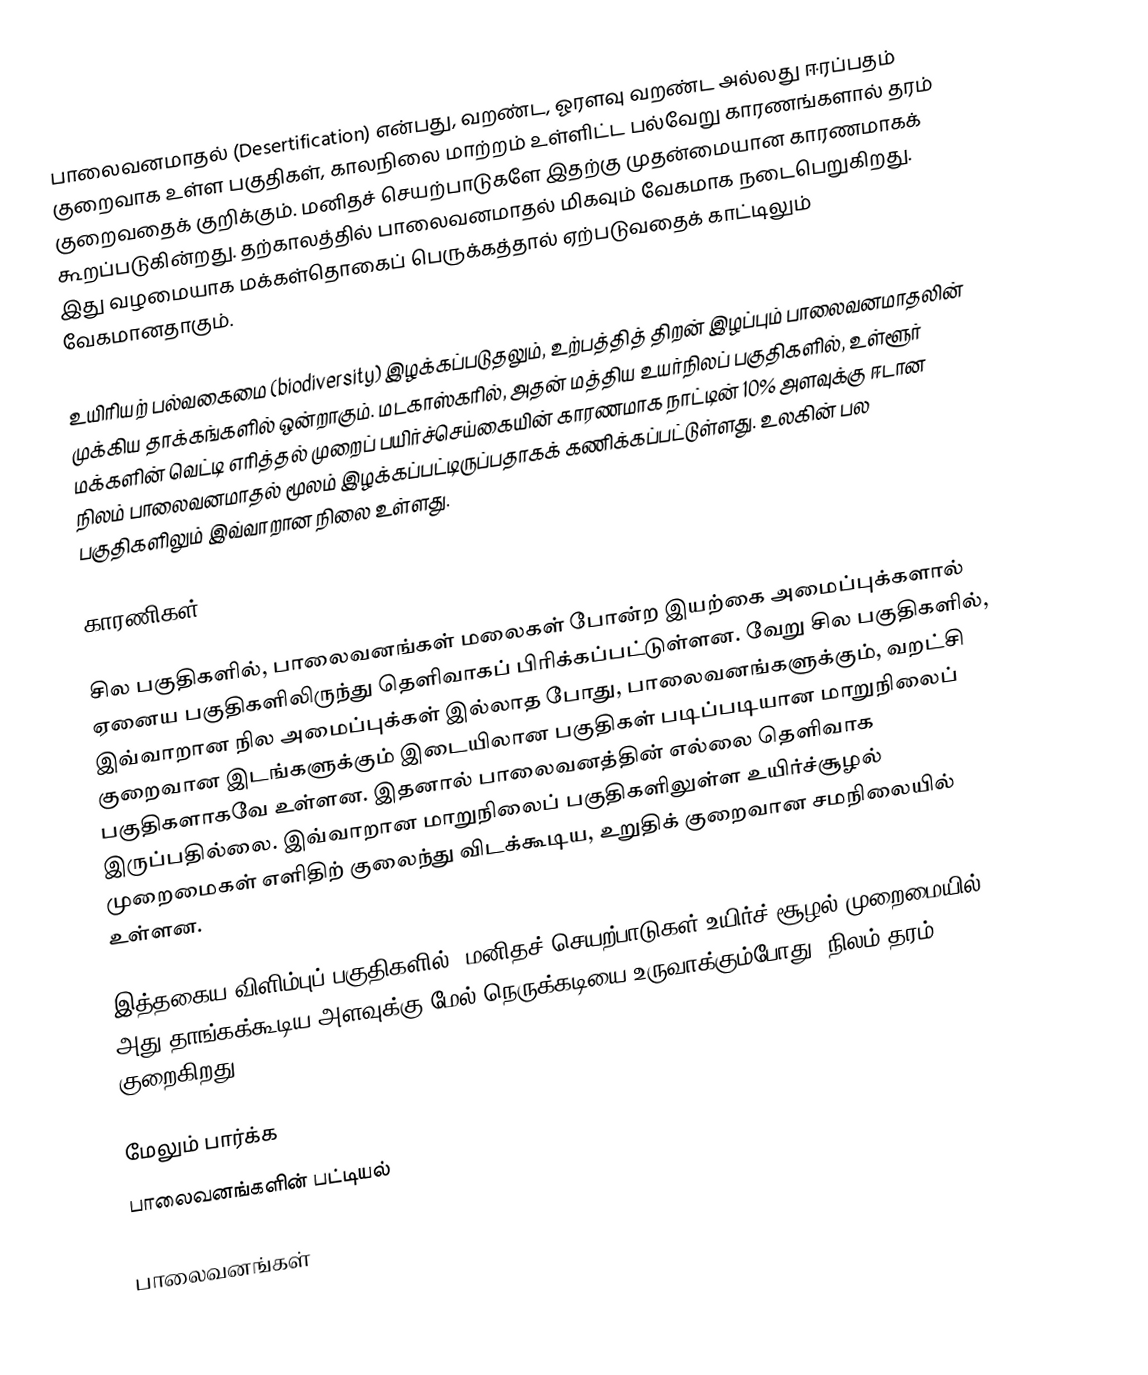
பாலைவனமாதல் (Desertification) என்பது, வறண்ட, ஓரளவு வறண்ட அல்லது ஈரப்பதம் குறைவாக உள்ள பகுதிகள், காலநிலை மாற்றம் உள்ளிட்ட பல்வேறு காரணங்களால் தரம் குறைவதைக் குறிக்கும். மனிதச் செயற்பாடுகளே இதற்கு முதன்மையான காரணமாகக் கூறப்படுகின்றது. தற்காலத்தில் பாலைவனமாதல் மிகவும் வேகமாக நடைபெறுகிறது. இது வழமையாக மக்கள்தொகைப் பெருக்கத்தால் ஏற்படுவதைக் காட்டிலும் வேகமானதாகும்.

உயிரியற் பல்வகைமை (biodiversity) இழக்கப்படுதலும், உற்பத்தித் திறன் இழப்பும் பாலைவனமாதலின் முக்கிய தாக்கங்களில் ஒன்றாகும். மடகாஸ்கரில், அதன் மத்திய உயர்நிலப் பகுதிகளில், உள்ளூர் மக்களின் வெட்டி எரித்தல் முறைப் பயிர்ச்செய்கையின் காரணமாக நாட்டின் 10% அளவுக்கு ஈடான நிலம் பாலைவனமாதல் மூலம் இழக்கப்பட்டிருப்பதாகக் கணிக்கப்பட்டுள்ளது. உலகின் பல பகுதிகளிலும் இவ்வாறான நிலை உள்ளது.

காரணிகள்

சில பகுதிகளில், பாலைவனங்கள் மலைகள் போன்ற இயற்கை அமைப்புக்களால் ஏனைய பகுதிகளிலிருந்து தெளிவாகப் பிரிக்கப்பட்டுள்ளன. வேறு சில பகுதிகளில், இவ்வாறான நில அமைப்புக்கள் இல்லாத போது, பாலைவனங்களுக்கும், வறட்சி குறைவான இடங்களுக்கும் இடையிலான பகுதிகள் படிப்படியான மாறுநிலைப் பகுதிகளாகவே உள்ளன. இதனால் பாலைவனத்தின் எல்லை தெளிவாக இருப்பதில்லை. இவ்வாறான மாறுநிலைப் பகுதிகளிலுள்ள உயிர்ச்சூழல் முறைமைகள் எளிதிற் குலைந்து விடக்கூடிய, உறுதிக் குறைவான சமநிலையில் உள்ளன.

இத்தகைய விளிம்புப் பகுதிகளில், மனிதச் செயற்பாடுகள் உயிர்ச் சூழல் முறைமையில் அது தாங்கக்கூடிய அளவுக்கு மேல் நெருக்கடியை உருவாக்கும்போது, நிலம் தரம் குறைகிறது.

மேலும் பார்க்க
 பாலைவனங்களின் பட்டியல்

பாலைவனங்கள்